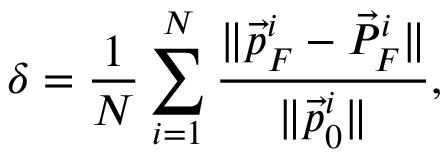
\delta = \frac { 1 } { N } \sum _ { i = 1 } ^ { N } \frac { \lVert \vec { p } _ { F } ^ { i } - \vec { P } _ { F } ^ { i } \rVert } { \lVert \vec { p } _ { 0 } ^ { i } \rVert } ,